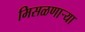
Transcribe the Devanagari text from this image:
मिसळणार्‍या